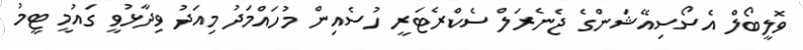
ވޮލީބޯލް އެސޯސިއޭޝަންގެ ޖެނެރަލް ސެކްރެޓަރީ ހުސެއިން މުހައްމަދު މިއަދު ވިދާޅުވީ ގައުމީ ޓީމު